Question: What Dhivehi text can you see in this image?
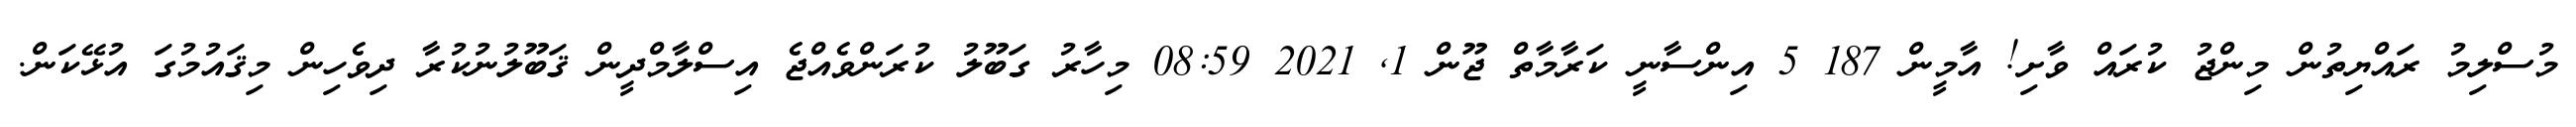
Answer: މުސްލިމު ރައްޔިތުން މިންޖު ކުރައް ވާށި! އާމީން 187 5 އިންސާނީ ކަރާމާތް ޖޫން 1, 2021 08:59 މިހާރު ގަބޫލު ކުރަންވެއްޖެ އިސްލާމްދީން ޤަބޫލުނުކުރާ ދިވެހިން މިޤައުމުގަ އުޅޭކަން.